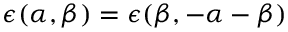
\epsilon ( \alpha , \beta ) = \epsilon ( \beta , - \alpha - \beta )